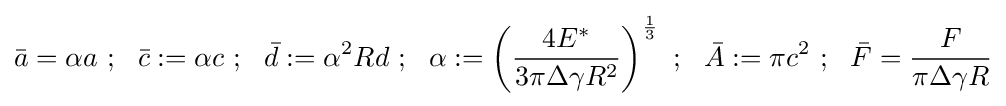
{\bar {a}}=\alpha a~;~~{\bar {c}}:=\alpha c~;~~{\bar {d}}:=\alpha ^{2}Rd~;~~\alpha :=\left({\frac {4E^{*}}{3\pi \Delta \gamma R^{2}}}\right)^{\frac {1}{3}}~;~~{\bar {A}}:=\pi c^{2}~;~~{\bar {F}}={\frac {F}{\pi \Delta \gamma R}}